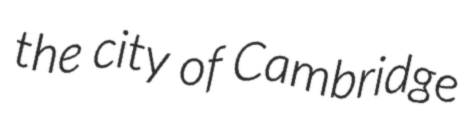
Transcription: the city of Cambridge